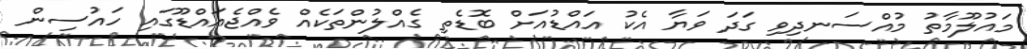
މައުލޫމާތު މުއްސަނދިވި ގަދަ ވަޔާ އެކު އައްޑުއަށް ބޮޑެތި ގެއްލުންތަކެއް ވެއްޖެއައްޑޫގައި ހައުސިން